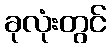
ခုလုံးတွင်